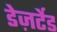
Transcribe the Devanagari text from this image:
डेज़र्टेड